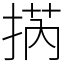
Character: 㨅